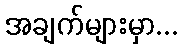
အချက်များမှာ...